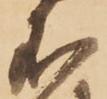
不